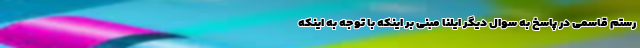
رستم قاسمی در پاسخ به سوال دیگر ایلنا مبنی بر اینکه با توجه به اینکه